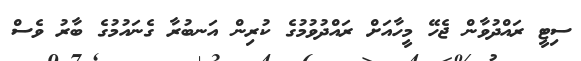
ސިޓީ ރައްދުވާން ޖެހޭ މީހާއަށް ރައްދުވުމުގެ ކުރިން އަނބުރާ ގެނައުމުގެ ބާރު ވެސް